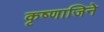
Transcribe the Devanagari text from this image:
कृष्णाजिने